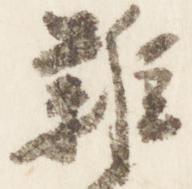
雑